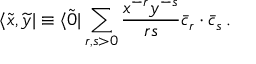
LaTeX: \langle \widetilde x , \widetilde y | \equiv \langle \widetilde 0 | \sum _ { r , s > 0 } { \frac { x ^ { - r } y ^ { - s } } { r s } } \bar { c } _ { r } \cdot \bar { c } _ { s } \, .